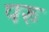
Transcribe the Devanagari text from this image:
परु